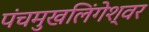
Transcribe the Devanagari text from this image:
पंचमुखलिंगेश्‍वर